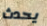
يحدث